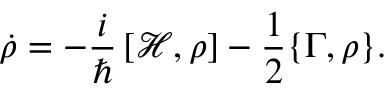
\dot { \rho } = - \frac { i } { \hbar } \left[ \mathcal { H } , \rho \right] - \frac { 1 } { 2 } \{ \Gamma , \rho \} .